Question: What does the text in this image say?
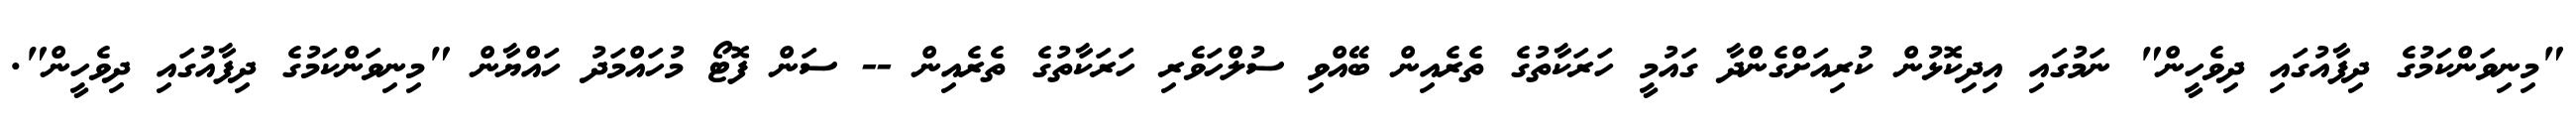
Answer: "މިނިވަންކަމުގެ ދިފާއުގައި ދިވެހީން" ނަމުގައި އިދިކޮޅުން ކުރިއަށްގެންދާ ގައުމީ ހަރަކާތުގެ ތެރެއިން ބޭއްވި ސުލްހަވެރި ހަރަކާތުގެ ތެރެއިން -- ސަން ފޮޓޯ މުހައްމަދު ހައްޔާން "މިނިވަންކަމުގެ ދިފާއުގައި ދިވެހީން".